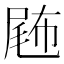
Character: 𡲫